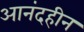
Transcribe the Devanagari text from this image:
आनंदहीन